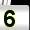
Digit: 5